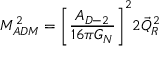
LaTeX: M _ { A D M } ^ { 2 } = \Biggl [ \frac { A _ { D - 2 } } { 1 6 \pi G _ { N } } \Biggr ] ^ { 2 } 2 \vec { Q } _ { R } ^ { 2 }